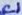
Text: C1